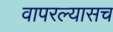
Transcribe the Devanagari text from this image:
वापरल्यासच